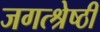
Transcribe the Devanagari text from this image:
जगत्श्रेष्ठी